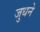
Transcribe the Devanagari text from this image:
जुधने